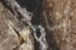
شاحبة